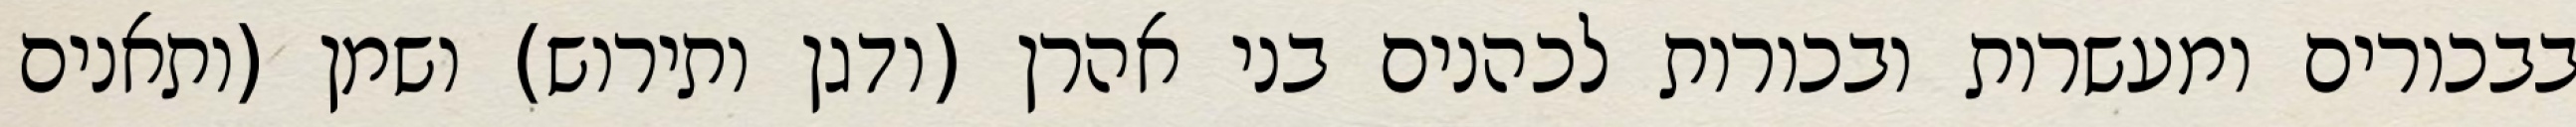
בבכורים ומעשרות ובכורות לכהנים בני אהרן (ודגן ותירוש) ושמן (ותאנים